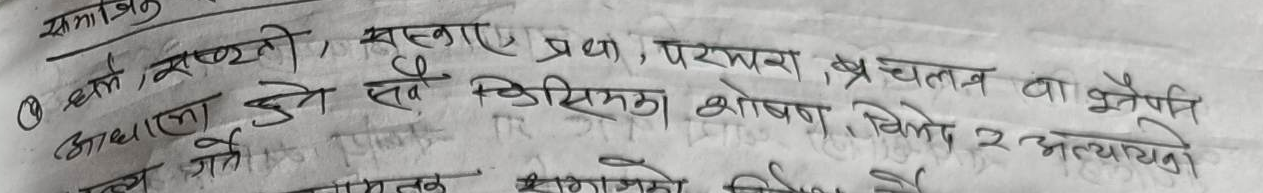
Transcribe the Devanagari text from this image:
धर्म, सष्टता, सस्कार, प्रथा, परमारा, प्रचलन वा वृनेपनि
आधारमा हुने सबै किसिमका शोषण, विभेद र अत्यायनो